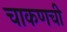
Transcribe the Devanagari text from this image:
चाकणची